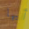
أيها